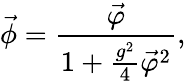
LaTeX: \vec{\phi}=\frac{\vec{\varphi}}{1+\frac{g^{2}}{4}{\vec{\varphi}}^{2}},